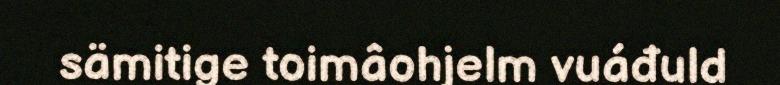
sämitige toimâohjelm vuáđuld